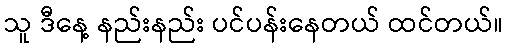
သူ ဒီနေ့ နည်းနည်း ပင်ပန်းနေတယ် ထင်တယ်။